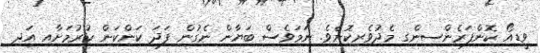
ވީޑިއޯ ކޮންފަރެންސިންގ މެދުވެރިކޮށެވެ. ނަމަވެސް ބަޔާން ނެގުން ފަދަ ކަންކަން ކުރުމަށާއި އަދި